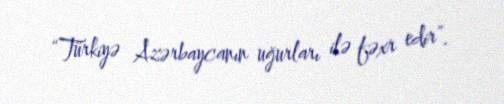
“Türkiyə Azərbaycanın uğurları ilə fəxr edir”.